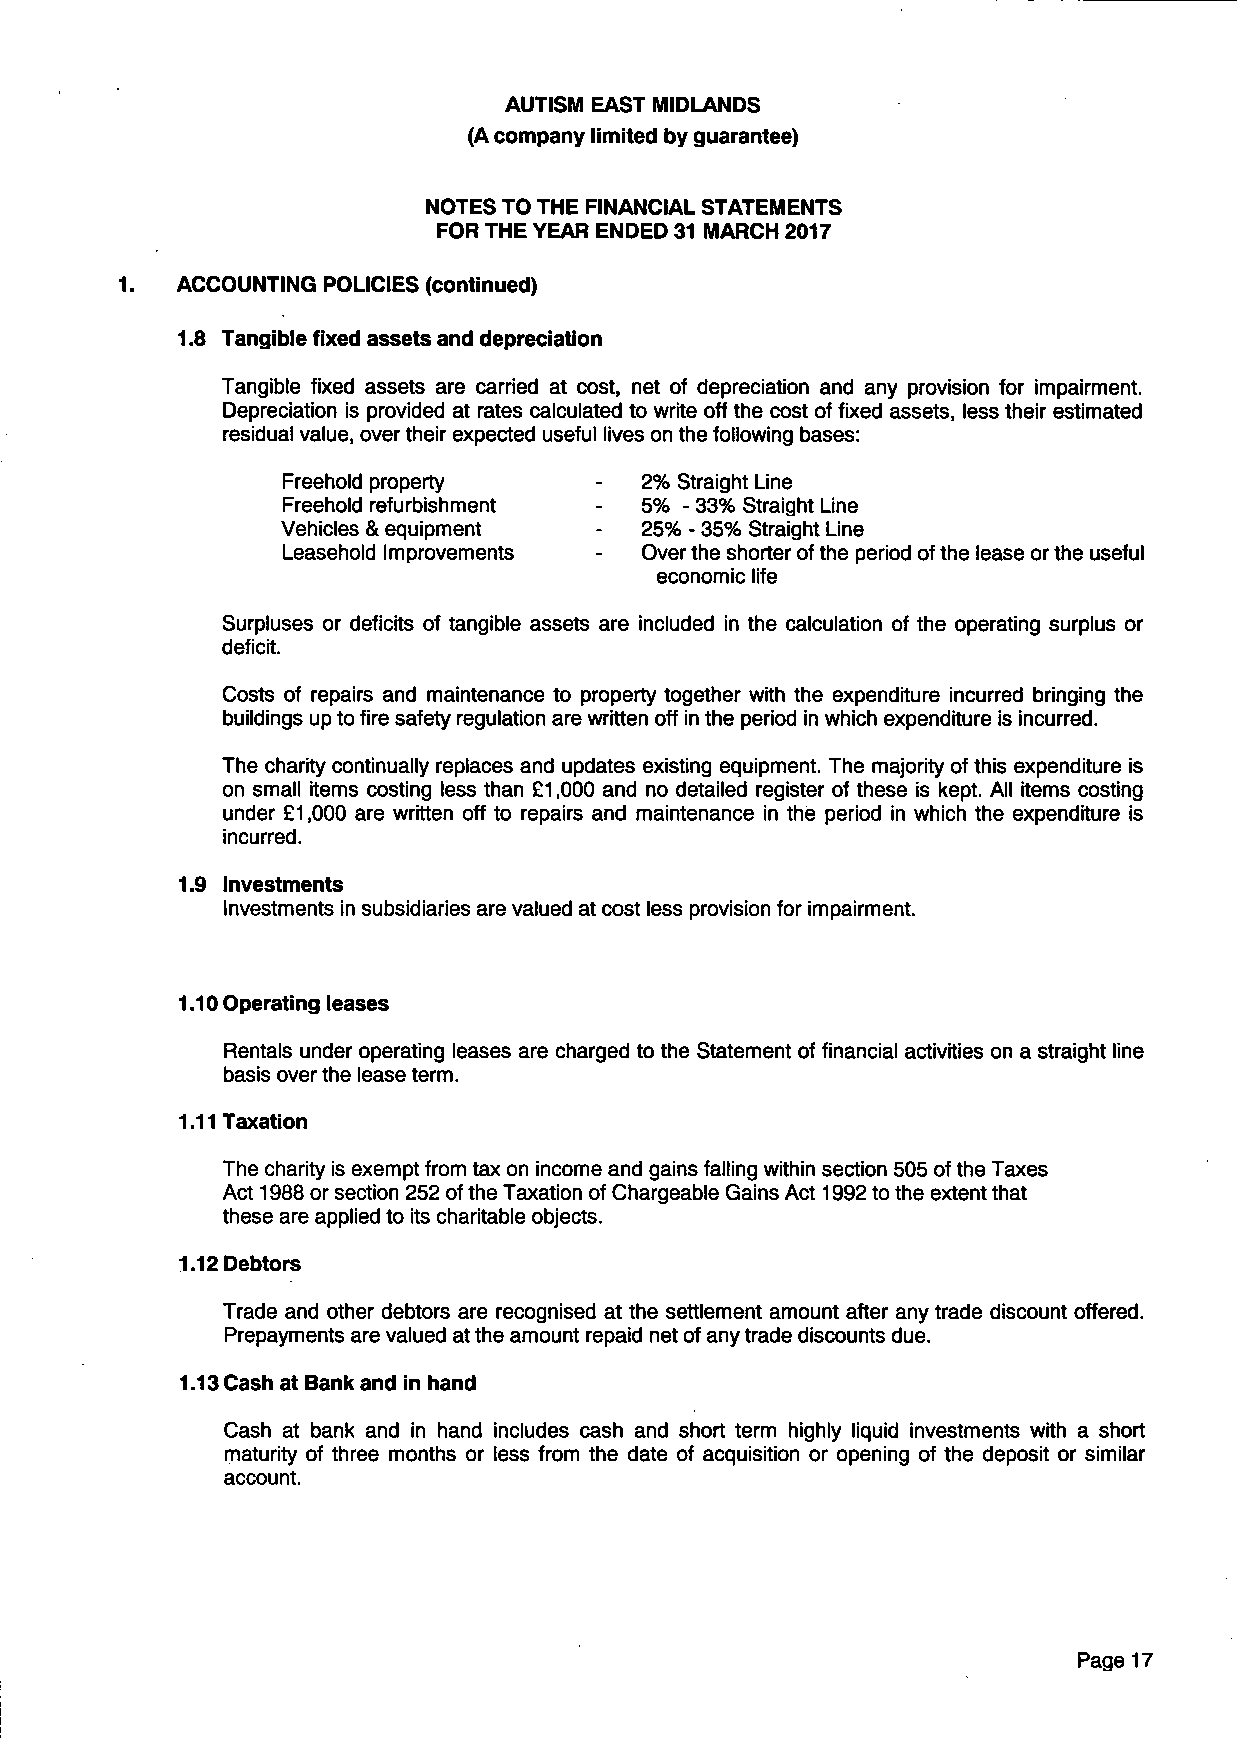
AUTISM EAST MIDLANDS
 (A company limited by guarantee)
 NOTES TO THE FINANCIAL STATEMENTS
 FOR THE YEAR ENDED 31 MARCH 2017
 ACCOUNTING POLICIES (continued)
 1.8 Tangible fixed assets and depreciation
 Tangible fixed assets are carried at cost, net of depreciation and any provision for impairment.
 Depreciation is provided at rates calculated to write off the cost of fixed assets, less their estimated
 residual value, over their expected useful lives on the following bases:
 Freehold property      2% Straight Line
 Freehold refurbishment 5% - 33% Straight Line
 Vehicles & equipment   25% - 35% Straight Line
 Leasehold Improvements Over the shorter of the period of the lease or the useful
 economic life
 Surpluses or deficits of tangible assets are included in the calculation of the operating surplus or
 deficit.
 Costs of repairs and maintenance to property together with the expenditure incurred bringing the
 buildings up to fire safety regulation are written off in the period in which expenditure is incurred.
 The charity continually replaces and updates existing equipment. The majority of this expenditure is
 on small items costing less than £1,000 and no detailed register of these is kept. All items costing
 under £1,000 are written off to repairs and maintenance in the period in which the expenditure is
 incurred.
 1.9 Investments
 Investments in subsidiaries are valued at cost less provision for impairment.
 1.10 Operating leases
 Rentals under operating leases are charged to the Statement of financial activities on a straight line
 basis over the lease term.
 1.11 Taxation
 The charity is exempt from tax on income and gains falling within section 505 of the Taxes
 Act 1988 or section 252 of the Taxation of Chargeable Gains Act 1992 to the extent that
 these are applied to its charitable objects.
 1.12 Debtors
 Trade and other debtors are recognised at the settlement amount after any trade discount offered.
 Prepayments are valued at the amount repaid net of any trade discounts due.
 1.13 Cash at Bank and in hand
 Cash at bank and in hand includes cash and short term highly liquid investments with a short
 maturity of three months or less from the date of acquisition or opening of the deposit or similar
 account.
 Page 17